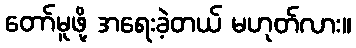
တော်မူဖို့ အရေးခဲ့တယ် မဟုတ်လား။